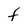
Character: F